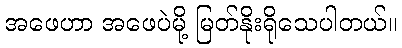
အဖေဟာ အဖေပဲမို့ မြတ်နိုးရိုသေပါတယ်။